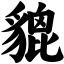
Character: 貔